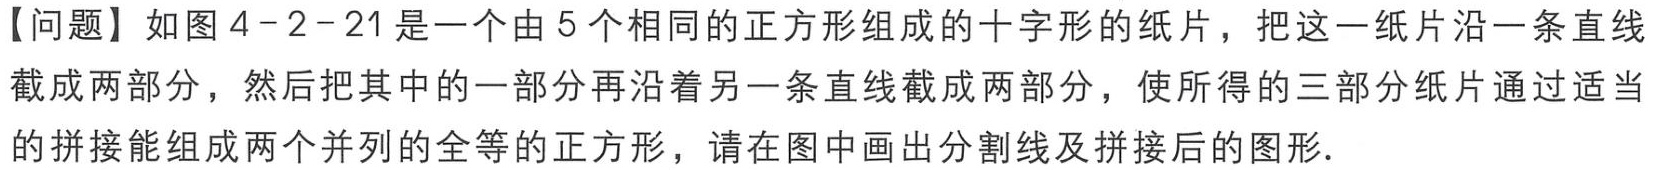
【问题】如图 4 - 2 - 21 是一个由 5 个相同的正方形组成的十字形的纸片，把这一纸片沿一条直线截成两部分，然后把其中的一部分再沿着另一条直线截成两部分，使所得的三部分纸片通过适当的拼接能组成两个并列的全等的正方形，请在图中画出分割线及拼接后的图形.